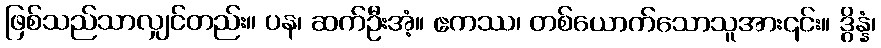
ဖြစ်သည်သာလျှင်တည်း။ ပန၊ ဆက်ဦးအံ့။ ဧကဿ၊ တစ်ယောက်သောသူအား၎င်း။ ဒွိန္နံ၊